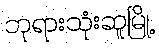
ဘုရားသုံးဆူမြို့